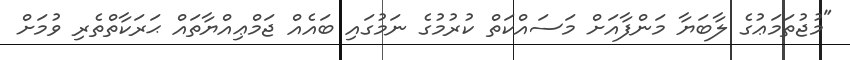
"މުޖުތަމަޢުގެ ލާބަޔާ މަންފާއަށް މަސައްކަތް ކުރުމުގެ ނަމުގައި ބައެއް ޖަމްޢިއްޔާތައް ޙަރަކާތްތެރި ވުމަށް